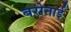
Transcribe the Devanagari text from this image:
बरोनाई